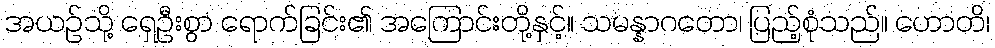
အယဉ်သို့ ရှေဦးစွာ ရောက်ခြင်း၏ အကြောင်းတို့နှင့်။ သမန္နာဂတော၊ ပြည့်စုံသည်။ ဟောတိ၊